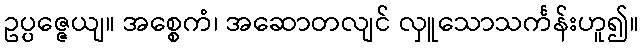
ဥပ္ပဇ္ဇေယျ။ အစ္စေကံ၊ အဆောတလျင် လှူသောသင်္ကန်းဟူ၍။